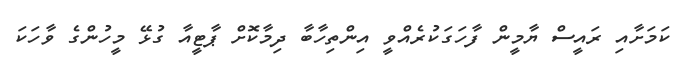
ކަމަށާއި ރައީސް ޔާމީން ފާހަގަކުރެއްވީ އިންތިހާބާ ދިމާކޮށް ޕާޓީއާ ގުޅޭ މީހުންގެ ވާހަކަ